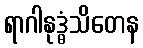
ရာဂါနုဒ္ဓံသိတေန